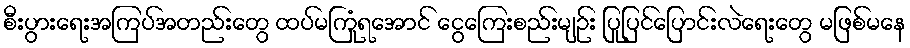
စီးပွားရေးအကြပ်အတည်းတွေ ထပ်မကြုံရအောင် ငွေကြေးစည်းမျဉ်း ပြုပြင်ပြောင်းလဲရေးတွေ မဖြစ်မနေ